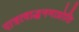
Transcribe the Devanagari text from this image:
पात्रत्वाद्धनमाप्नोति